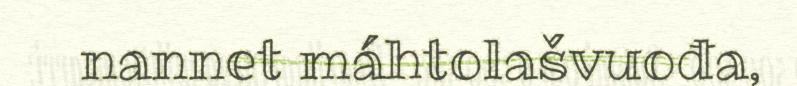
nannet máhtolašvuođa,